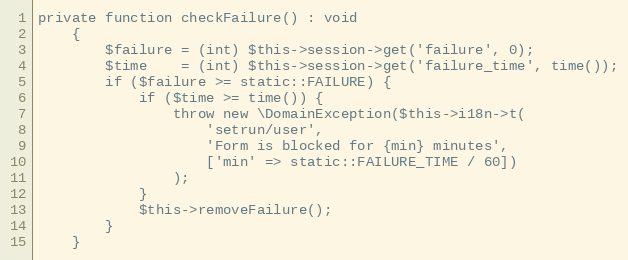
Language: PHP
private function checkFailure() : void
    {
        $failure = (int) $this->session->get('failure', 0);
        $time    = (int) $this->session->get('failure_time', time());
        if ($failure >= static::FAILURE) {
            if ($time >= time()) {
                throw new \DomainException($this->i18n->t(
                    'setrun/user',
                    'Form is blocked for {min} minutes',
                    ['min' => static::FAILURE_TIME / 60])
                );
            }
            $this->removeFailure();
        }
    }